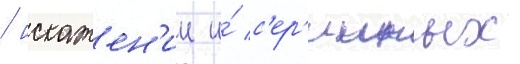
/ искажен'ии и́ с'ер'ииных